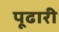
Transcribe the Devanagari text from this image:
पूढारी